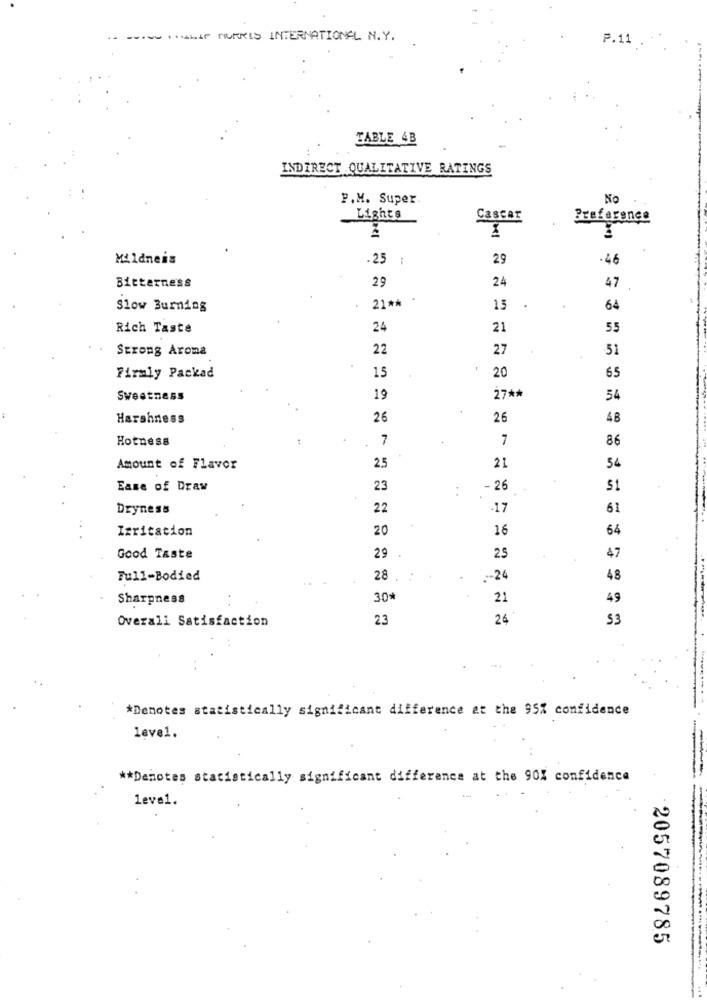
.. ........ LA MORRIS INTERNATIONAL N.Y.
P.11
TABLE 4B
INDIRECT QUALITATIVE RATINGS
P.M. Super
No
Lights
Preference
Mildneis
. 25
29
-46
Bitterness
29
24
47
Slow Burning
21 **
15
64
Rich Taste
24
21
55
Strong Aroma
22
27
51
20
65
Firmly Packad
15
Sweetness
19
27 **
54
Harshness
26
26
48
Hotness
7
7
86
Amount of Flavor
25
21
54
Ease of Draw
23
- 26
51
Dryness
22
-17
61
Irritation
20
16
64
Good Taste
29
25
47
Full-Bodied
28 .
.-- 24
48
Sharpness
30*
21
49
Overall Satisfaction
23
26
*Denotes statistically significant difference at the 95% confidence
leve1.
** Denotes statistically significant difference at the 90% confidence
leve1.
2057089785